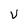
Character: v